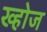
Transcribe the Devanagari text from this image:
ख्होज